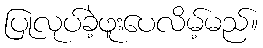
ပြုလုပ်ခဲ့ဖူးပေလိမ့်မည်။